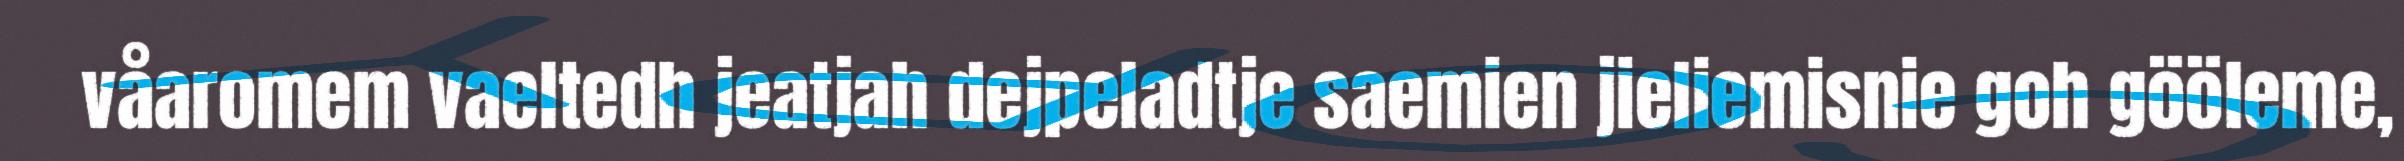
våaromem vaeltedh jeatjah dejpeladtje saemien jieliemisnie goh gööleme,